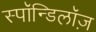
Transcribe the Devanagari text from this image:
स्पॉन्डिलॉज़